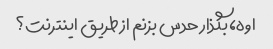
اوه، بگذار حدس بزنم از طریق اینترنت؟